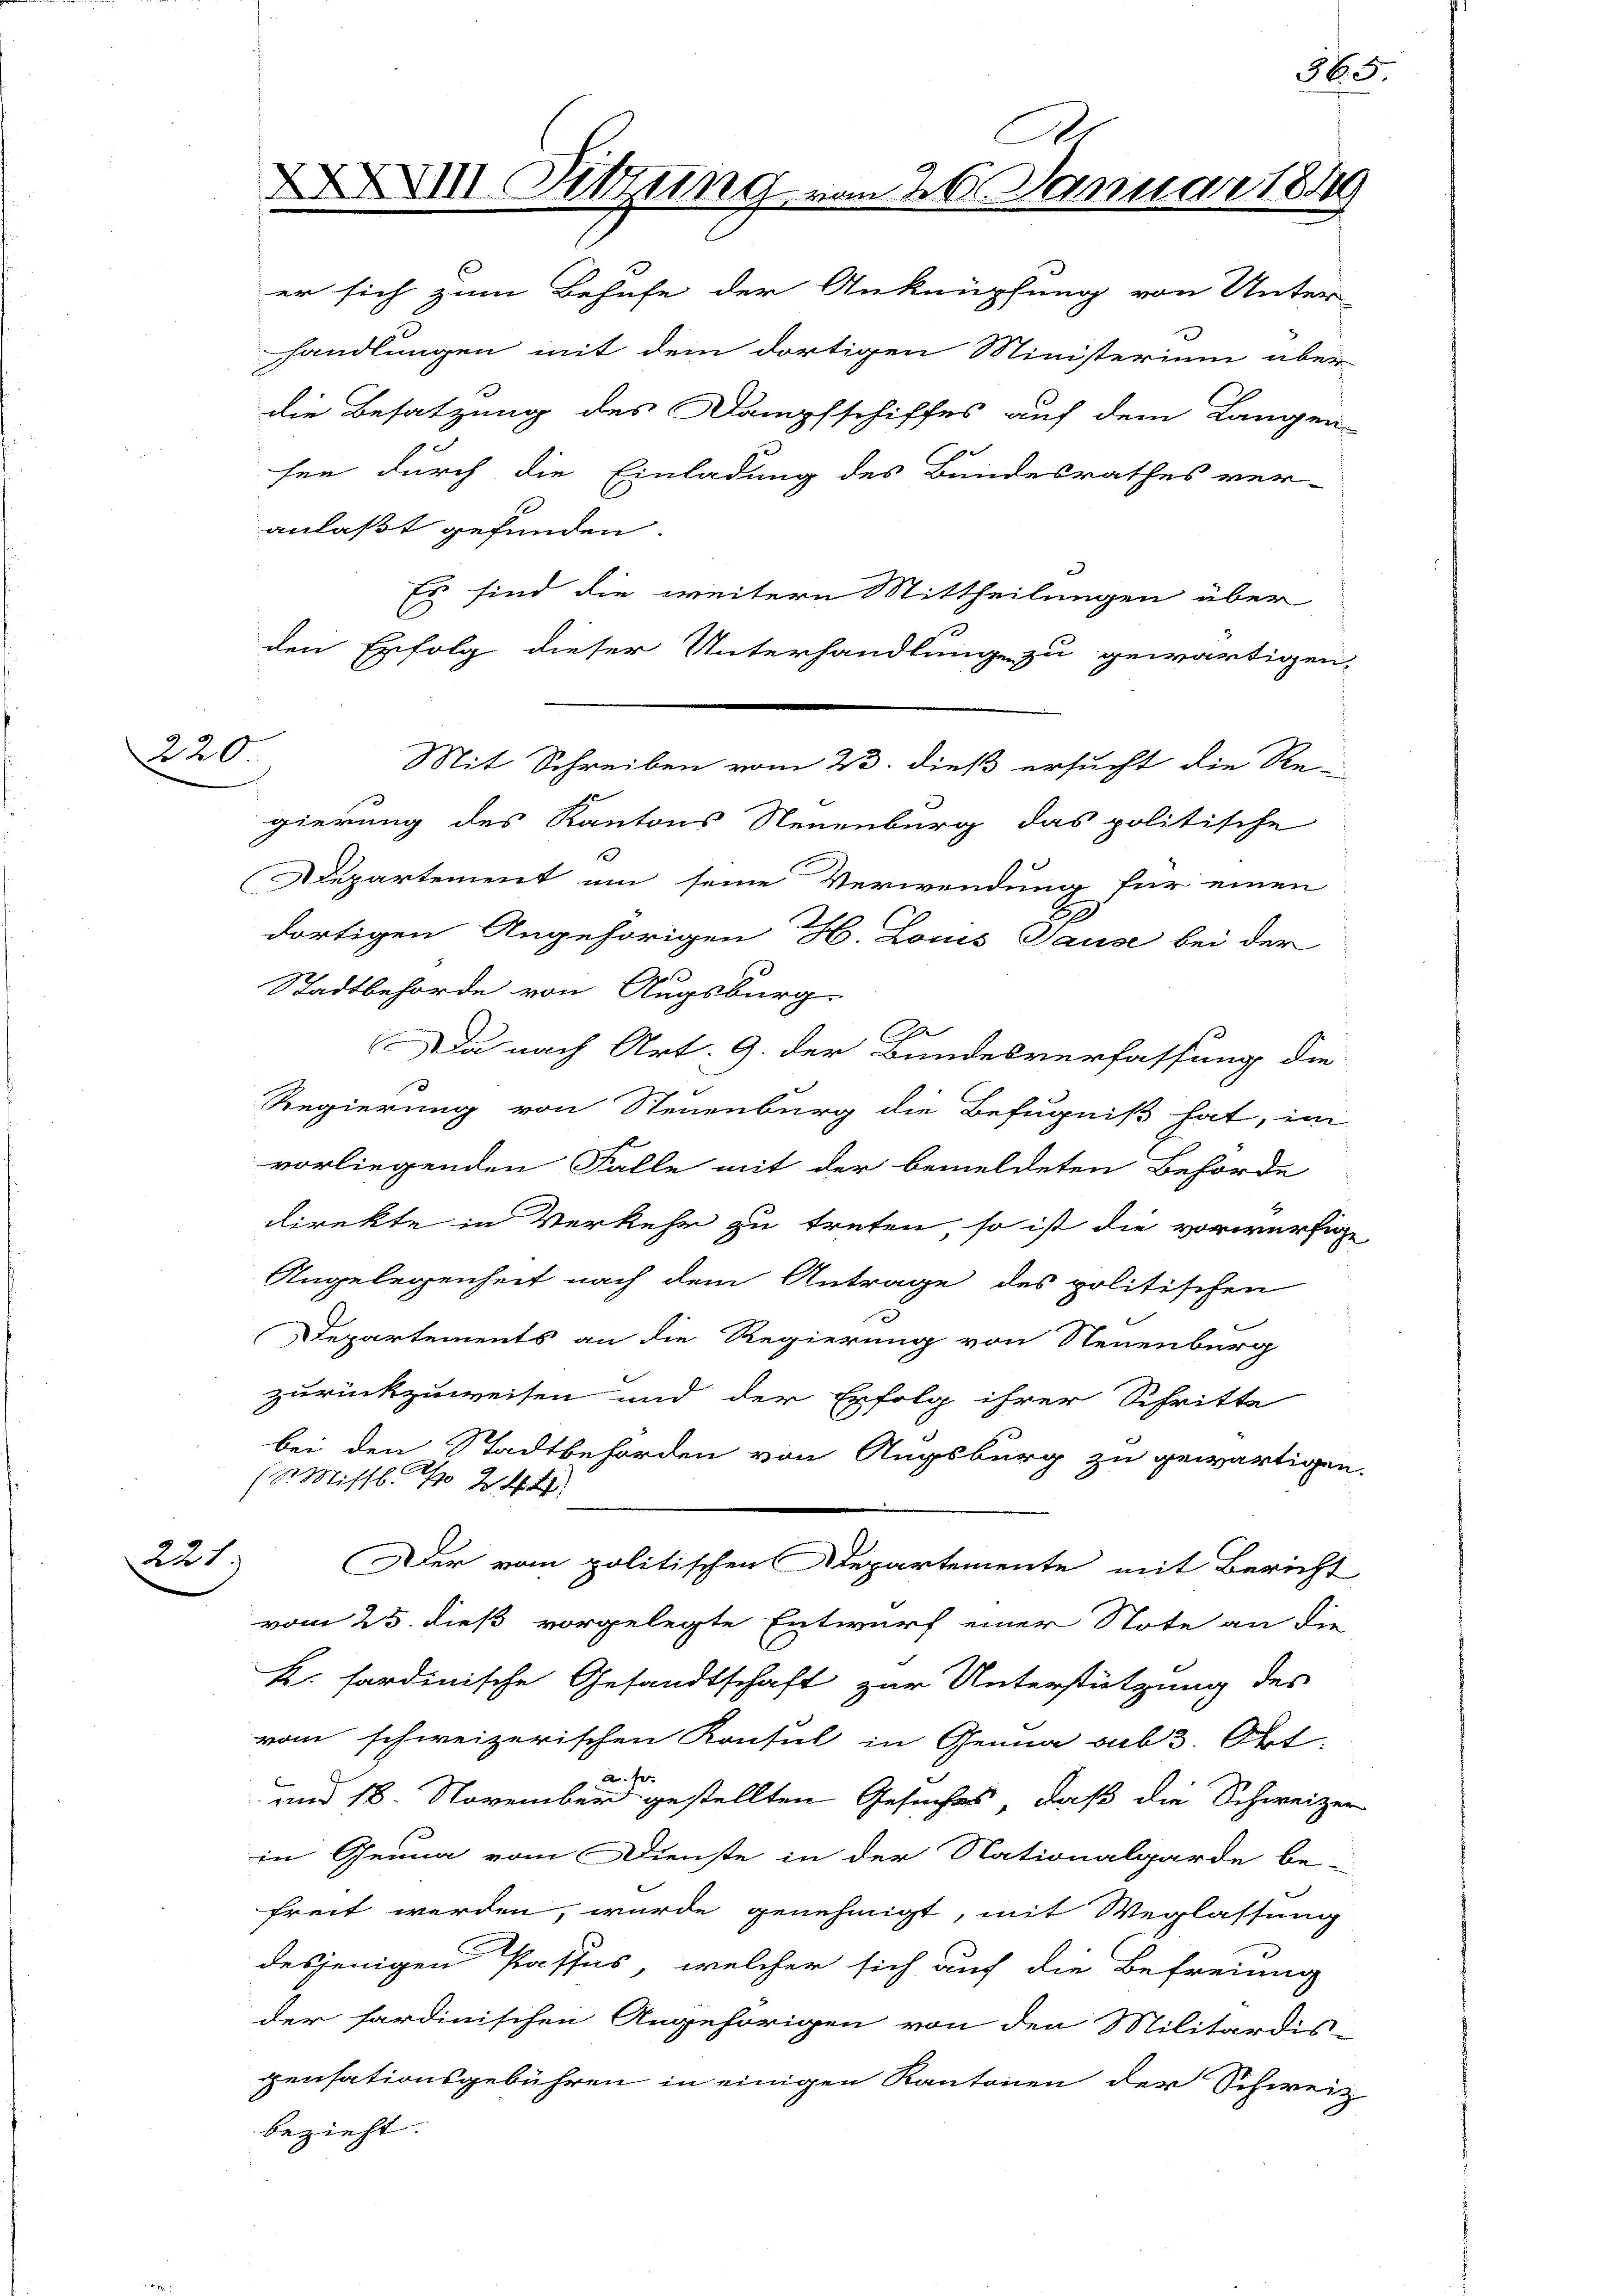
220.

2231

XX. Sitzung vom 26. Januar 1849

er sich zum Behufe der Anknüpfung von Unter-
handlungen mit dem dortigen Ministerium über
die Besatzung des Dampfschiffes auf dem Langen-
sen durch die Einladung des Bundesrathes ver-
.
anlaßt gefunden.
Es sind die weitern Mittheilungen über
den Erfolg dieser Unterhandlung zu gewärtigen
gierung des Kantons Neuenburg das politische
epartement um seine Verwendung für einen
2
dortigen Angehörigen H. Louis Tause bei der
Stadtbehörde von Augsburg
Da nach Art. 9. der Bundesverfassung die
Regierung von Steuenburg die Befugniß hat, im
vorliegenden Falle mit der bemeldeten Behörde
direkte in Verkehr zu treten, so ist die vorwurfe
Angelegenheit nach dem Antrage des politischen
Departements an die Regierung von Neuenburg
zurückzuweisen und der Erfolg ihrer Schritte
bei den Stadtbehörden von Augsburg zu gewärtige
(St. Missb. Nr. 24.
Der vom politischen Departemente mit Bericht
vom 25. dieß vorgelegte Entwurf einer Note an die
K. sardinische Gesandtschaft zur Unterstützung des
vom schweizerischen Konsul in Genua sub 3. Okt
a. f.
und 18. November gestellten Gesuches, daß die Schweize
in Genua vom Dienste in der Nationalgarde be-
freit werden, wurde genehmigt, mit Weglassung
desjenigen Passus, welcher sich auch die Befreiung
der sardinischen Angehörigen von den Militardis-
pensationsgebühren in einigen Kantonen der Schwe-
bezieht.

Mit Schreiben vom 23. dieß ersucht die Re-

365

u

2

4
e
d

2